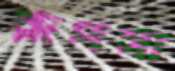
রূপসা